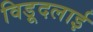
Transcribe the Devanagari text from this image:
विड़ूदलाई